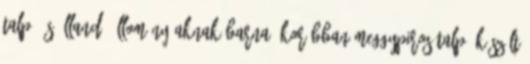
talpú és állandó állományúaknak barna, korábban meggypiros talpú készült